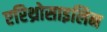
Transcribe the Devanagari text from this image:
एरिथ्रोसाइलिन